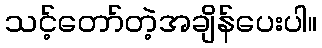
သင့်တော်တဲ့အချိန်ပေးပါ။